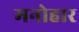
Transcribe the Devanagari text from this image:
मनोहार